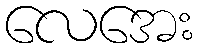
လေအေး